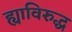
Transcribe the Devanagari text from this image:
ह्याविरुद्ध